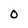
Character: o